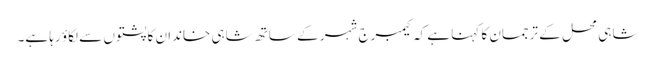
شاہی محل کے ترجمان کا کہنا ہے کہ کیمبرج شہر کے ساتھ شاہی خاندان کا پشتوں سے لگاؤ رہا ہے۔